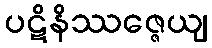
ပဋိနိဿဇ္ဇေယျ